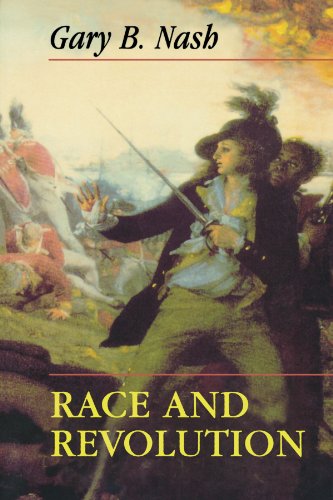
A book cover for Race and Revolution (Merrill Jenson Lectures in Constitutional Studies); Gary B. Nash; Reference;